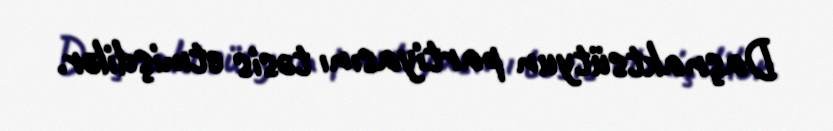
Daşnaktsütyun partiyasını təsis etmişdilər.